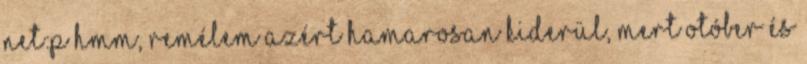
net:P Hmm, remélem azért hamarosan kiderül, mert otóber és